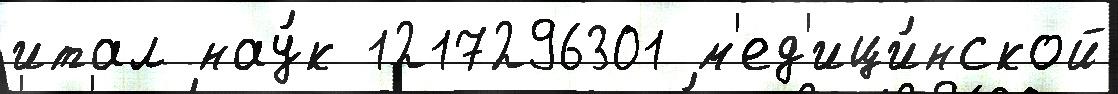
итал нау́к 1217296301 м'ед'ици́нской